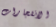
الانفجارات